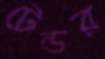
টেন্ডর